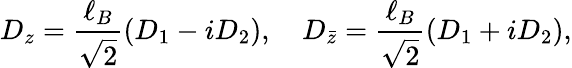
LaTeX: D_{z}=\frac{\ell_{B}}{\sqrt{2}}(D_{1}-iD_{2}),\quad D_{\bar{z}}=\frac{\ell_{B}}{\sqrt 2}(D_{1}+iD_{2}),